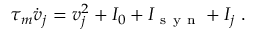
\tau _ { m } \dot { v } _ { j } = v _ { j } ^ { 2 } + I _ { 0 } + I _ { \mathrm { ~ s ~ y ~ n ~ } } + I _ { j } \; .